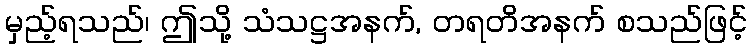
မှည့်ရသည်၊ ဤသို့ သံသဋ္ဌအနက်, တရတိအနက် စသည်ဖြင့်